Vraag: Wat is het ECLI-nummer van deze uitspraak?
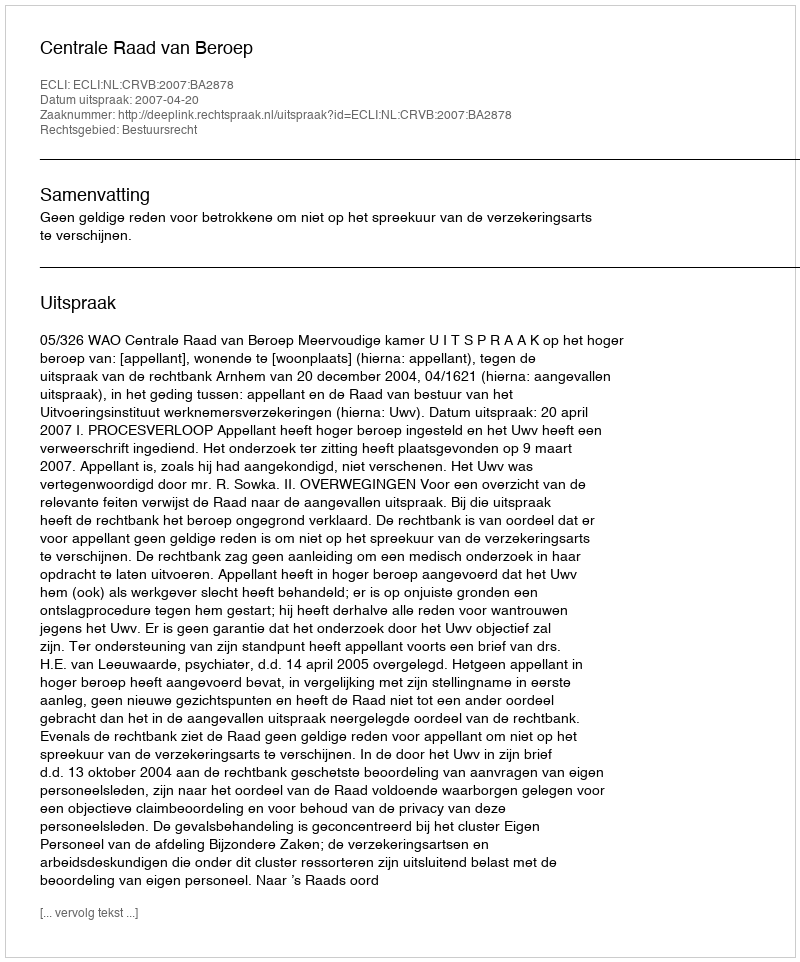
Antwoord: ECLI:NL:CRVB:2007:BA2878